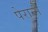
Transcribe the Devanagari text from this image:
पेरान्मै